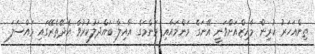
ތިންއަހަރު ކުރިން މާއިޒްއަށްވަނީ އޭނަގެ މަންމައާއި މަންމަގެ އާއިލާ ބައްދަލުކުރުވާ އެދޭތެރޭގައި މައްސަލަ